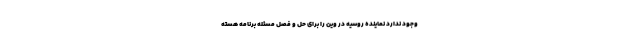
وجود ندارد نماینده روسیه در وین را برای حل و فصل مسئله برنامه هسته